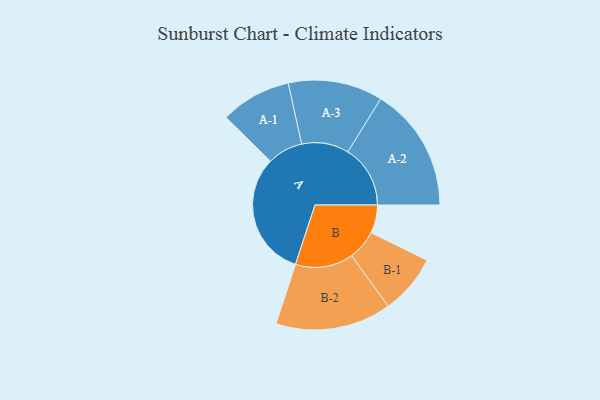
{"axis": {"x": "Segment", "y": "Value"}, "legend": ["", "A", "B"], "data": [{"x": "A", "y": 443, "type": ""}, {"x": "B", "y": 100, "type": ""}, {"x": "A-1", "y": 126, "type": "A"}, {"x": "A-2", "y": 222, "type": "A"}, {"x": "A-3", "y": 168, "type": "A"}, {"x": "B-1", "y": 106, "type": "B"}, {"x": "B-2", "y": 206, "type": "B"}]}